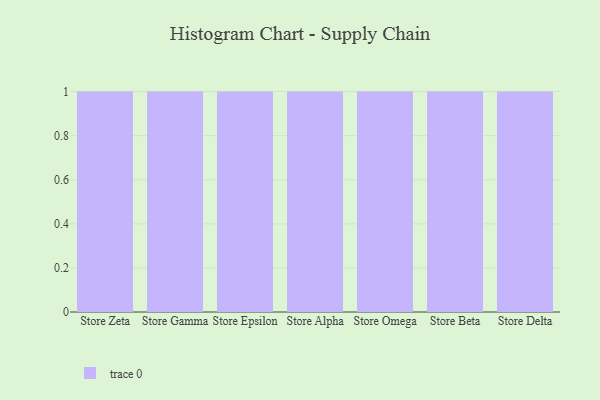
{"axis": {"x": "Store", "y": "Operating Costs (USD K)"}, "legend": [""], "data": [{"x": "Store Zeta", "y": 57, "type": ""}, {"x": "Store Gamma", "y": 87, "type": ""}, {"x": "Store Epsilon", "y": 35, "type": ""}, {"x": "Store Alpha", "y": 17, "type": ""}, {"x": "Store Omega", "y": 59, "type": ""}, {"x": "Store Beta", "y": 49, "type": ""}, {"x": "Store Delta", "y": 98, "type": ""}]}